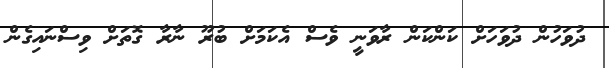
ދުވަހުން ދުވަހަށް ކަންކަން ރާވަނީ ވެސް އެކަމަށް ބުރޫ ނާރާ ގޮތަށް ވިސްނައިގެން